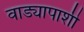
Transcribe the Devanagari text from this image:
वाड्यापाशी